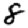
Digit: 8